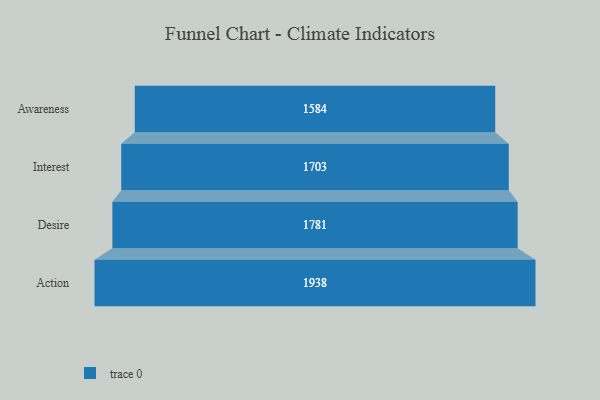
{"axis": {"x": "Stage", "y": "Value"}, "legend": [""], "data": [{"x": "Awareness", "y": 1584.0, "type": ""}, {"x": "Interest", "y": 1703.0, "type": ""}, {"x": "Desire", "y": 1781.0, "type": ""}, {"x": "Action", "y": 1938.0, "type": ""}]}